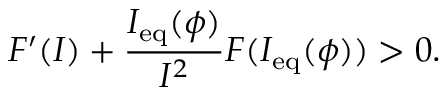
F ^ { \prime } ( I ) + \frac { I _ { \mathrm { e q } } ( \phi ) } { I ^ { 2 } } F ( I _ { \mathrm { e q } } ( \phi ) ) > 0 .